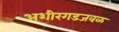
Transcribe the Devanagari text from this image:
अशीरगडजवळ